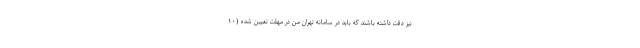
نیز دقت داشته باشند که باید در سامانه تهران من در مهلت تعیین شده (۱۰